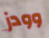
وودز